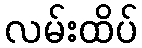
လမ်းထိပ်